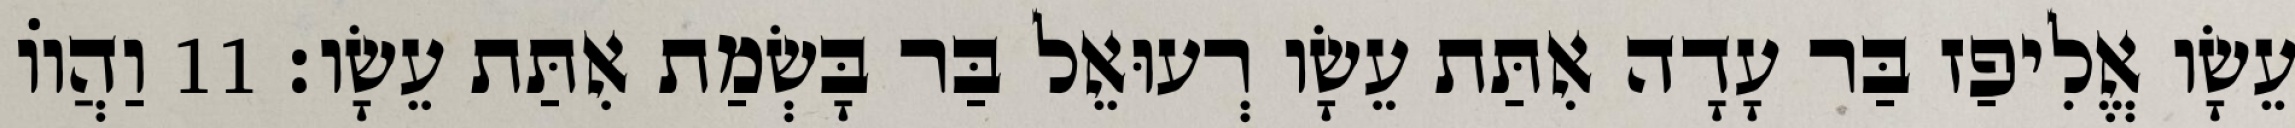
עֵשָׂו אֱלִיפַז בַּר עָדָה אִתַּת עֵשָׂו רְעוּאֵל בַּר בָּשְׂמַת אִתַּת עֵשָׂו׃ 11 וַהֲווֹ